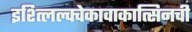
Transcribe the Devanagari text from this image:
इश्त्लिल्क्वेकावाकात्सिनची